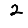
Digit: 2